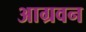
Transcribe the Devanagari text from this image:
आग्रवन